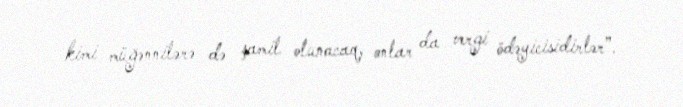
kimi müğənnilərə də şamil olunacaq, onlar da vergi ödəyicisidirlər”.